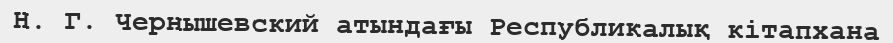
Н. Г. Чернышевский атындағы Республикалық кітапхана